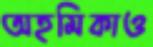
অহমিকাও